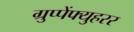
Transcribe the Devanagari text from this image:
ग्रुप्पेंफ्युहरर